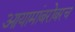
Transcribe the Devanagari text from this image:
आयामांबरोबरच